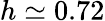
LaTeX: h\simeq 0.72